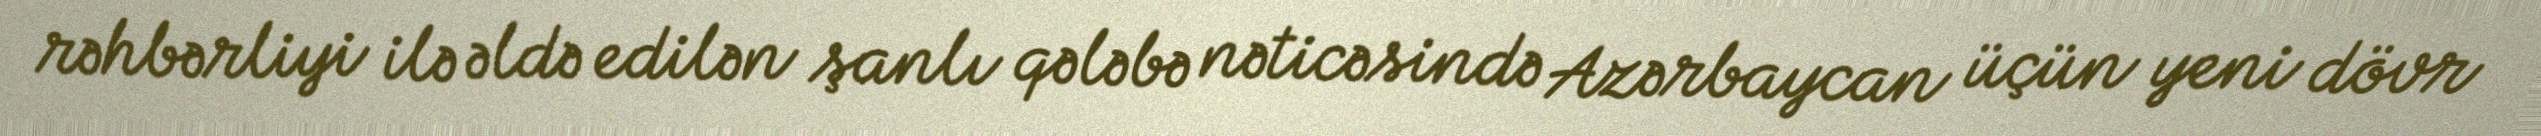
rəhbərliyi ilə əldə edilən şanlı qələbə nəticəsində Azərbaycan üçün yeni dövr